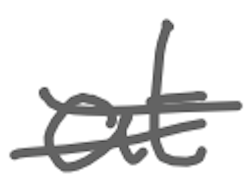
Text: at
Cross-out: double-line
Writing tool: digital_gray